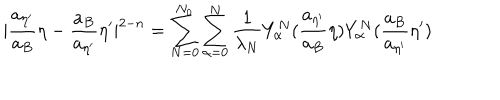
LaTeX: | \frac { a _ { { \eta } ^ { \prime } } } { a _ { B } } { \eta } - \frac { a _ { B } } { a _ { { \eta } ^ { \prime } } } { \eta } ^ { \prime } | ^ { 2 - n } = \sum _ { N = 0 } ^ { N _ { 0 } } \sum _ { \alpha = 0 } ^ { N } \frac { 1 } { \lambda _ { N } } Y _ { \alpha } ^ { N } ( \frac { a _ { { \eta } ^ { \prime } } } { a _ { B } } { \eta } ) Y _ { \alpha } ^ { N } ( \frac { a _ { B } } { a _ { { \eta } ^ { \prime } } } { \eta } ^ { \prime } )